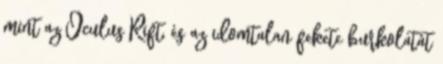
mint az Oculus Rift, és az idomtalan fekete burkolatát